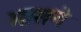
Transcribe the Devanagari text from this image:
भासणे